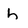
Character: h